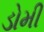
ડોમી